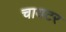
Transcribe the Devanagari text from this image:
चायटर